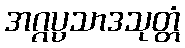
အဂ္ဂပ္ပသာဒသုတ္တံ